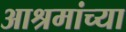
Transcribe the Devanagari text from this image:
आश्रमांच्या